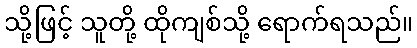
သို့ဖြင့် သူတို့ ထိုကျစ်သို့ ရောက်ရသည်။